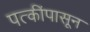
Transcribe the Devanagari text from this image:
पत्कींपासून